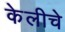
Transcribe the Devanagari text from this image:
केलीचे